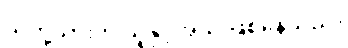
သတို့သားက သူနှင့်အသိ ဖြစ်နေသည်။